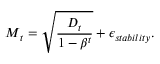
\boldsymbol { M } _ { t } = \sqrt { \frac { \boldsymbol { D } _ { t } } { 1 - \beta ^ { t } } } + \epsilon _ { s t a b i l i t y } .